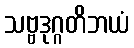
သဗ္ဗဒုဂ္ဂတိဘယံ